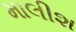
માલીશ